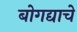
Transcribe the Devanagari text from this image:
बोगद्याचे